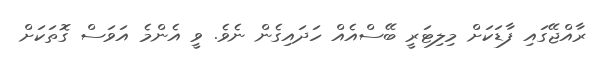
ރާއްޖޭގައި ފާޑަކަށް މިލިޓަރީ ބޭސްއެއް ހަދައިގެން ނެވެ. ވީ އެންމެ އަވަސް ގޮތަކަށް